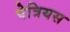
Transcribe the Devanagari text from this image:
पेत्रियस